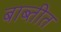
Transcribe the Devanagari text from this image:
बाब्तीत